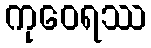
ကုဝေရဿ